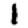
Digit: 1